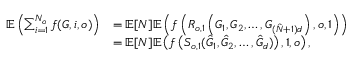
\begin{array} { r l } { \mathbb { E } \left( \sum _ { i = 1 } ^ { N _ { o } } f ( G , i , o ) \right) } & { = \mathbb { E } [ N ] \mathbb { E } \left( f \left( R _ { o , 1 } \left( G _ { 1 } , G _ { 2 } , \ldots , G _ { ( \hat { N } + 1 ) d } \right) , o , 1 \right) \right) } \\ & { = \mathbb { E } [ N ] \mathbb { E } \left( f \left( S _ { o , 1 } ( \hat { G } _ { 1 } , \hat { G } _ { 2 } , \ldots , \hat { G } _ { d } ) \right) , 1 , o \right) , } \end{array}